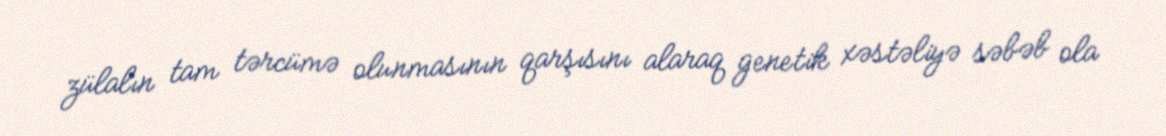
zülalın tam tərcümə olunmasının qarşısını alaraq genetik xəstəliyə səbəb ola